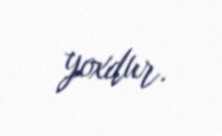
yoxdur.